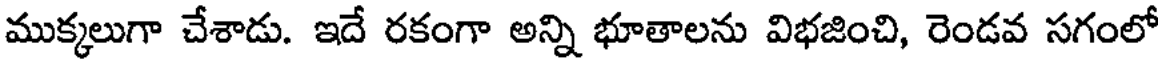
ముక్కలుగా చేశాడు. ఇదే రకంగా అన్ని భూతాలను విభజించి, రెండవ సగంలో